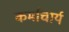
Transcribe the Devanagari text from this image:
कर्माचार्य